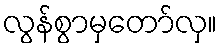
လွန်စွာမှတော်လှ။